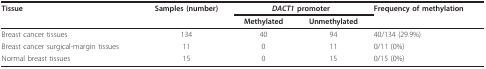
| Tissue | Samples (number) | <COLSPAN=2> DACT1 promoter | Frequency of methylation |
 |  |  | Methylated | Unmethylated |  |
 | --- | --- | --- | --- | --- |
 | Breast cancer tissues | 134 | 40 | 94 | 40/134 (29.9%) |
 | Breast cancer surgical-margin tissues | 11 | 0 | 11 | 0/11 (0%) |
 | Normal breast tissues | 15 | 0 | 15 | 0/15 (0%) |